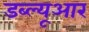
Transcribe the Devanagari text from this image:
डब्‍ल्‍यूआर